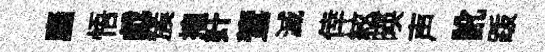
廱悟戯簇捧奸鷟滅倖絃暎声訛䟦